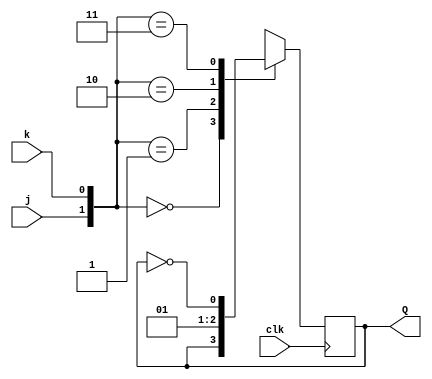
//A JK flip-flop has the below truth table. Implement a JK flip-flop with only a D-type flip-flop and gates.
//Note: Qold is the output of the D flip-flop before the positive clock edge.

//J	K	Q
//0	0	Qold
//0	1	0
//1	0	1
//1	1	~Qold

module top_module (
    input clk,
    input j,
    input k,
    output reg Q); 

    reg d;    

    always @(*) begin
        case ({j,k})
            2'b00: d = Q;
            2'b01: d = 0;
            2'b10: d = 1;
            2'b11: d = ~Q;
            default: d = 0;
        endcase
    end

    always @(posedge clk) begin
        Q <= d;
    end

endmodule